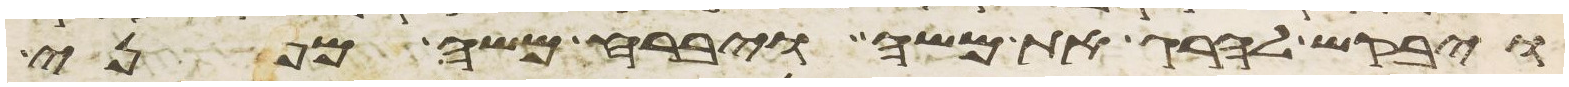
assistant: ויבקש להרג את משה ויברח משה מפני